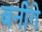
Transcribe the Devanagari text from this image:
बनीगे